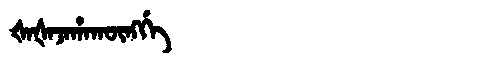
Manchu: ᡧᠠᡧᠠᠵᠠᡥᠠᡴᡡᠩᡤᡝ
Romanization: ŠAŠAJAHAKŪNGGE